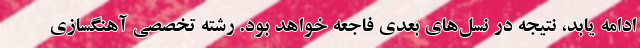
ادامه یابد، نتیجه در نسل‌های بعدی فاجعه خواهد بود. رشته تخصصی آهنگسازی